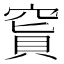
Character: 𥧅